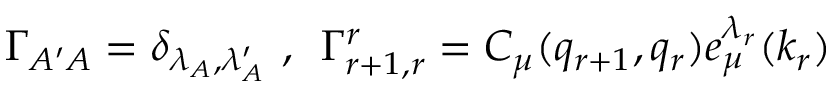
\Gamma _ { A ^ { \prime } A } = \delta _ { \lambda _ { A } , \lambda _ { A } ^ { \prime } } \, \, , \, \, \, \Gamma _ { r + 1 , r } ^ { r } = C _ { \mu } ( q _ { r + 1 } , q _ { r } ) e _ { \mu } ^ { \lambda _ { r } } ( k _ { r } )